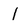
Character: 1